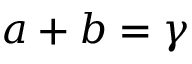
a + b = \gamma